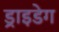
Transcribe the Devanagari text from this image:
ड्राइडेग